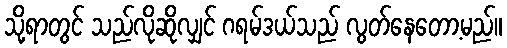
သို့ရာတွင် သည်လိုဆိုလျှင် ဂရမ်ဒယ်သည် လွတ်နေတော့မည်။